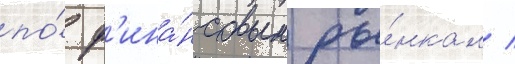
по́ ф'ина́нсовым ры́нкам /